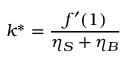
k ^ { * } = \frac { f ^ { \prime } ( 1 ) } { \eta _ { S } + \eta _ { B } }